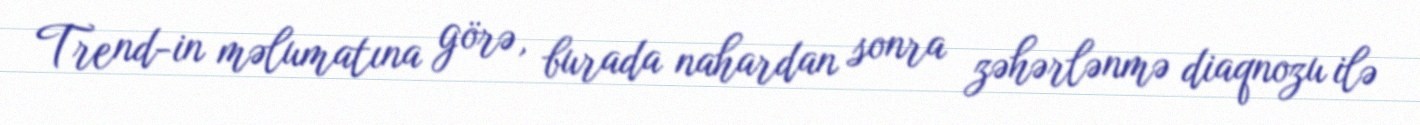
Trend-in məlumatına görə, burada nahardan sonra zəhərlənmə diaqnozu ilə